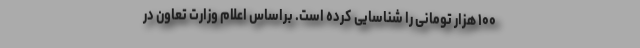
۱۰۰ هزار تومانی را شناسایی کرده است. براساس اعلام وزارت تعاون در